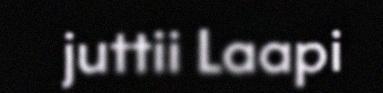
juttii Laapi